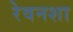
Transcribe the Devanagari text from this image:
रेवनशा